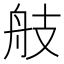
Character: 𦨟